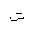
Letter: _shin